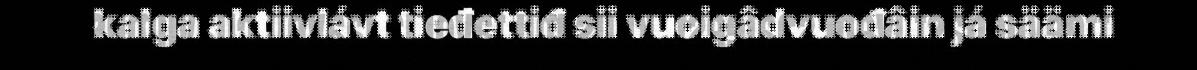
kalga aktiivlávt tieđettiđ sii vuoigâdvuođâin já säämi